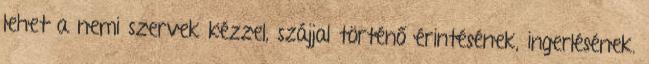
lehet a nemi szervek kézzel, szájjal történő érintésének, ingerlésének.